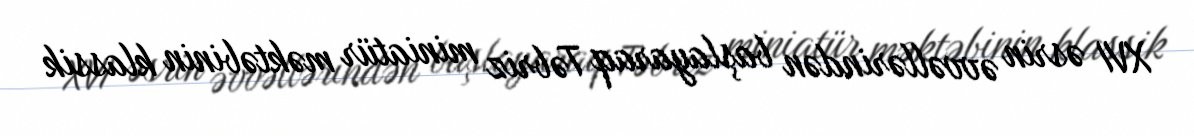
XVI əsrin əvvəllərindən başlayaraq Təbriz miniatür məktəbinin klassik